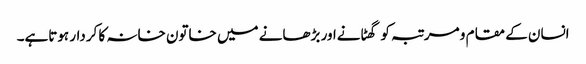
انسان کے مقام و مرتبہ کو گھٹانےاور بڑھانے میں خاتون خانہ کا کردار ہوتاہے۔